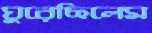
ঘুরেছিলেম